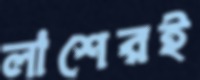
লাশেরই